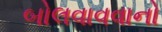
બોલવાવવાનો